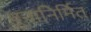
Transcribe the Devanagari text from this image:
पुनानिर्मित